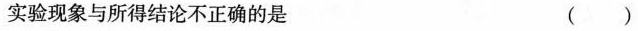
实验现象与所得结论不正确的是 ( )